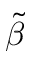
\tilde { \beta }